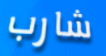
شارب